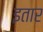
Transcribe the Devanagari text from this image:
इतार